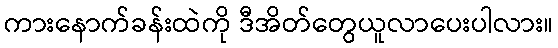
ကားနောက်ခန်းထဲကို ဒီအိတ်တွေယူလာပေးပါလား။